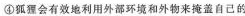
④狐会有效地利用外部环境和外物来掩盖自己的